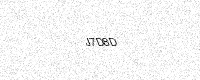
Text: J7D8D